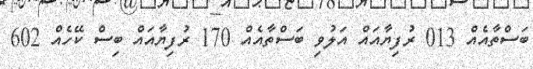
ބަސްތާއެއް 013 ރުފިޔާއައް އަލުވި ބަސްތާއެއް 170 ރުފިޔާއައް ބިސް ކޭހެއް 602